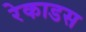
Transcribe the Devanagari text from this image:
रेकाडस